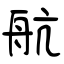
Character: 航